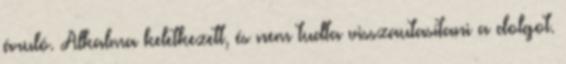
áruló. Alkalma keletkezett, és nem tudta visszautasítani a dolgot.